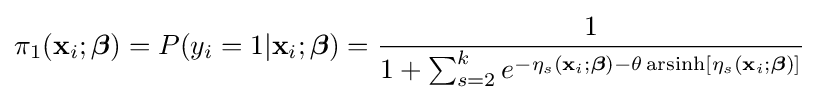
\pi _{1}(\mathbf {x} _{i};{\boldsymbol {\beta }})=P(y_{i}=1|\mathbf {x} _{i};{\boldsymbol {\beta }})={\frac {1}{1+\sum _{s=2}^{k}e^{-\eta _{s}(\mathbf {x} _{i};{\boldsymbol {\beta }})-\theta \operatorname {arsinh} [\eta _{s}(\mathbf {x} _{i};{\boldsymbol {\beta }})]}}}